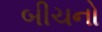
બીચનો